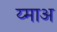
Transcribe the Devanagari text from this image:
य्माअ